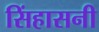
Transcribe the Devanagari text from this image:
सिंहासनी